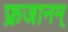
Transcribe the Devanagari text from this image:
फ्रजानम्